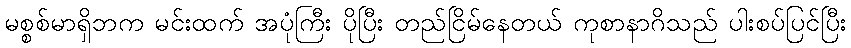
မစ္စစ်မာရှိဘက မင်းထက် အပုံကြီး ပိုပြီး တည်ငြိမ်နေတယ် ကုစာနာဂိသည် ပါးစပ်ပြင်ပြီး